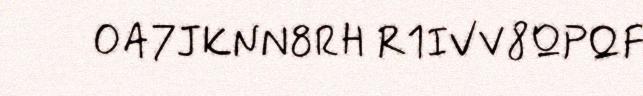
OA7JKNN8RH R1IVV8QPQF